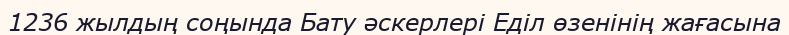
1236 жылдың соңында Бату әскерлері Еділ өзенінің жағасына